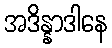
အဒိန္နာဒါနေ